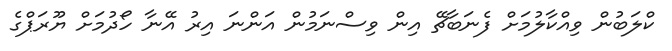
ކްލަބުން ވިއްކާލުމަށް ފެނަބާޗޭ އިން ވިސްނަމުން އަންނަ އިރު އޭނާ ހޯދުމަށް ޔޫރަޕްގެ